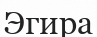
Эгира